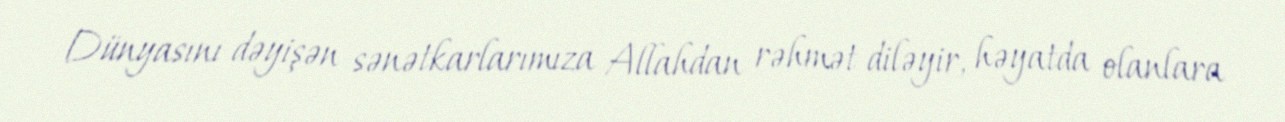
Dünyasını dəyişən sənətkarlarımıza Allahdan rəhmət diləyir, həyatda olanlara